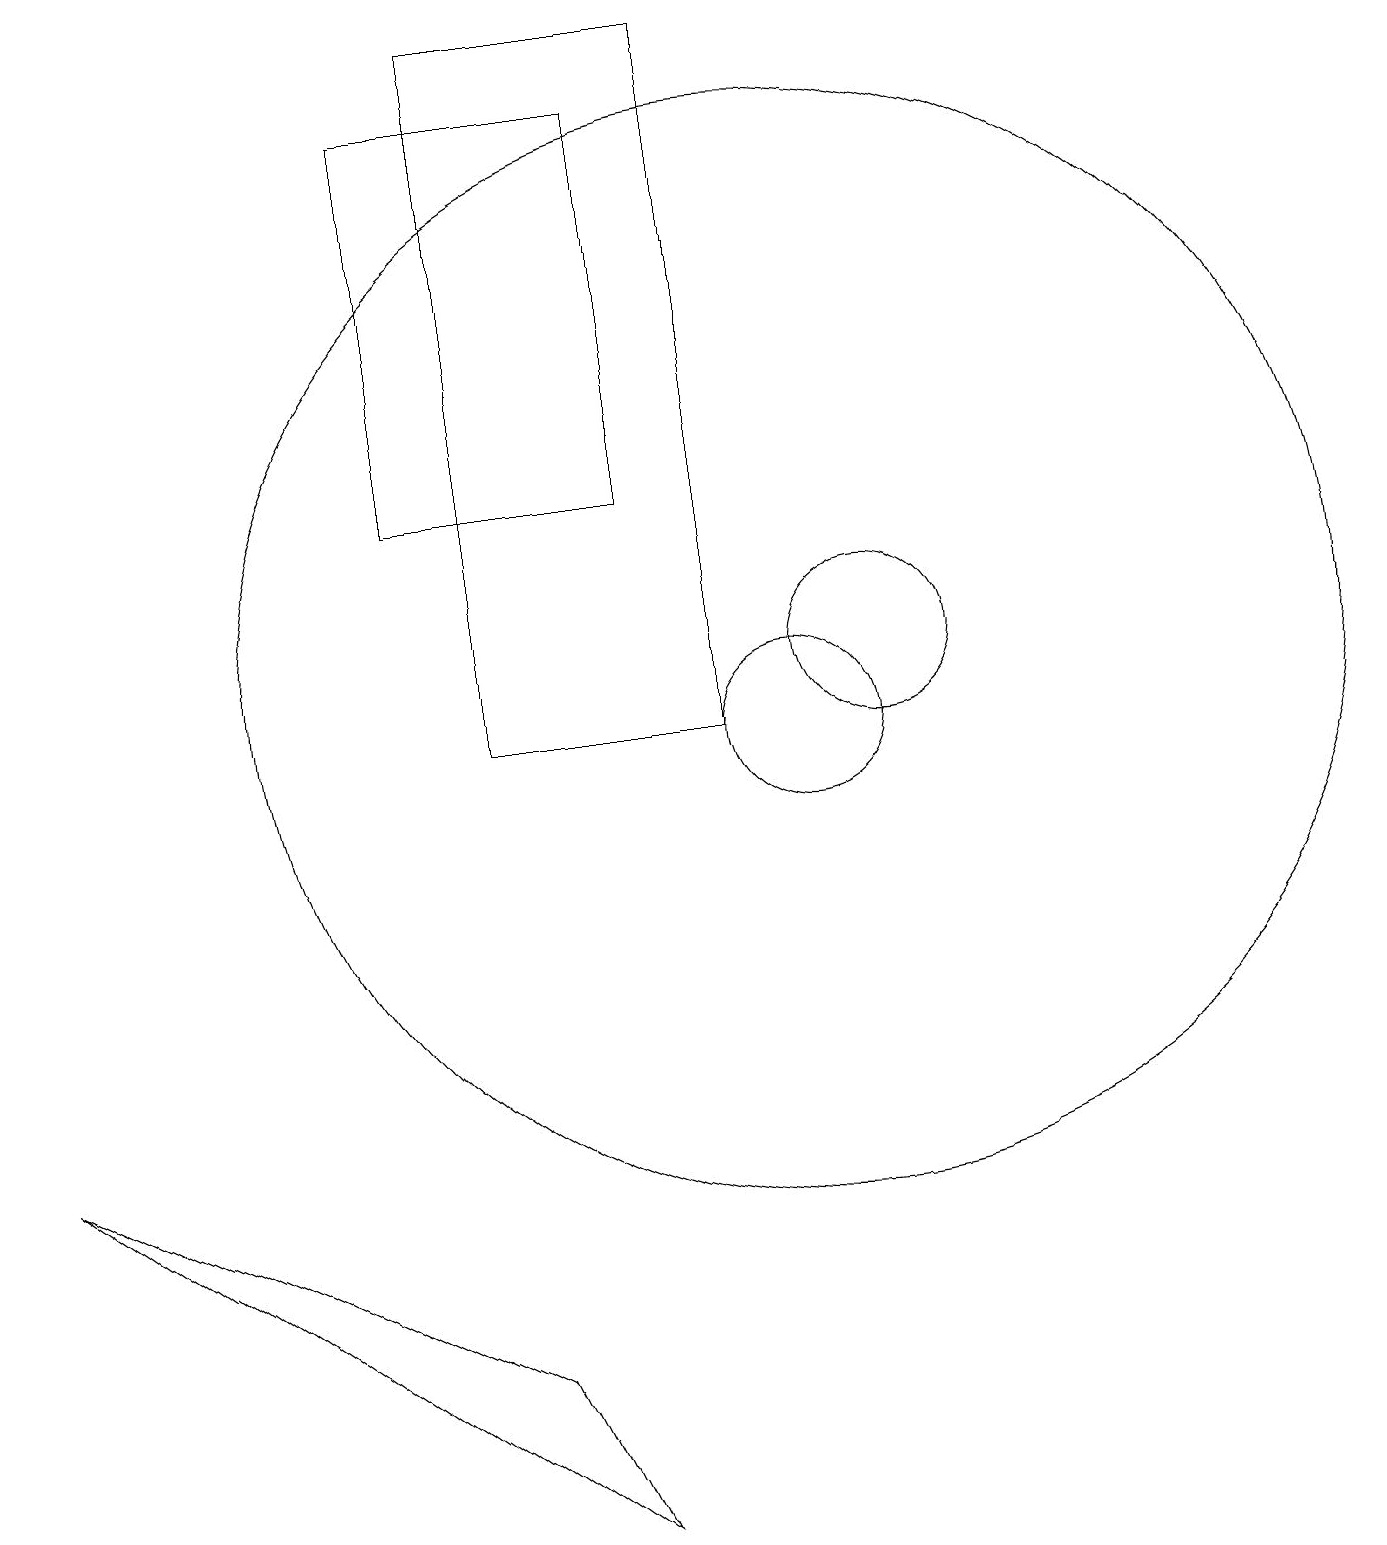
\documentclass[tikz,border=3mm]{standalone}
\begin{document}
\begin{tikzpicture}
\draw (6,2) -- (0,5) -- (7,0) -- cycle;
\draw (10,11) circle (7);
\draw (5,18) rectangle (8,13);
\draw (11,11) circle (1);
\draw (10,10) circle (1);
\draw (6,19) rectangle (9,10);
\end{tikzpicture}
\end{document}